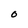
Character: O